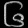
Digit: ၆